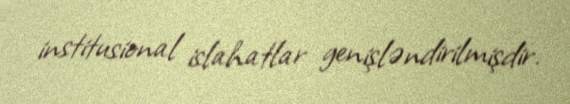
institusional islahatlar genişləndirilmişdir.